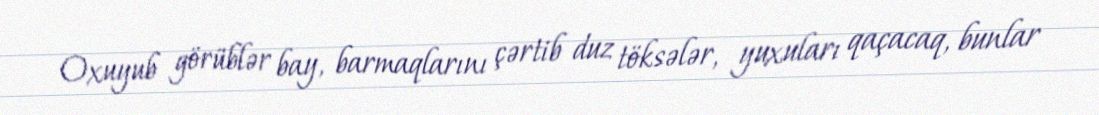
Oxuyub görüblər bay, barmaqlarını çərtib duz töksələr, yuxuları qaçacaq, bunlar